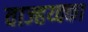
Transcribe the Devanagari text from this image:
वाज्हय्क्का